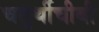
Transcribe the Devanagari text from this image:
चतुर्थीचीबी